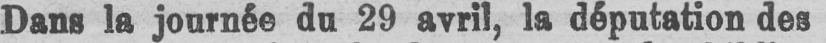
Dans la journée da 29 avril, la députation des